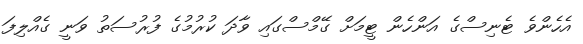
އެހެންވެ ޓެނިސްގެ އަންހެން ޓީމަށް ގޭމްސްގައި ވާދަ ކުރުމުގެ ފުރުސަތު ވަނީ ގެއްލިފަ